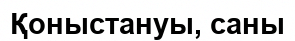
Қоныстануы, саны